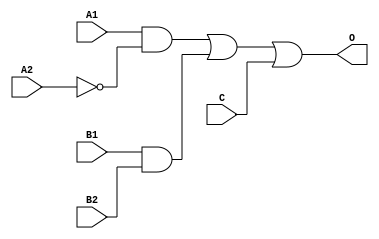
module ADBI122D(A1, A2, B1, B2, C, O);
input   A1;
input   A2;
input   B1;
input   B2;
input   C;
output  O;
not g0(w2, A2);
and g1(w0, A1, w2);
and g2(w3, B1, B2);
or g3(O, w0, w3, C);
endmodule